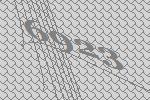
6923